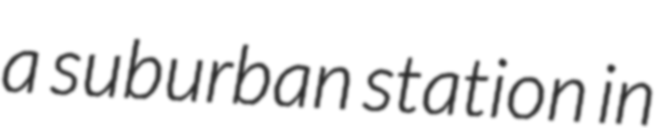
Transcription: a suburban station in